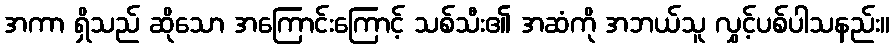
အကာ ရှိသည် ဆိုသော အကြောင်းကြောင့် သစ်သီး၏ အဆံကို အဘယ်သူ လွှင့်ပစ်ပါသနည်း။